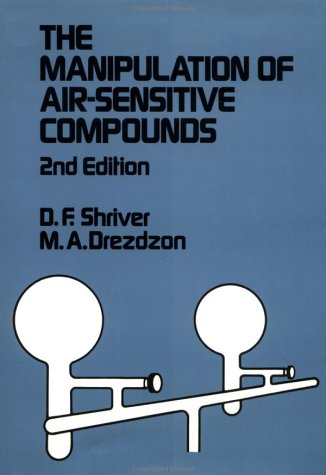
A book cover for The Manipulation of Air-Sensitive Compounds, 2nd Edition; Duward F. Shriver; Science & Math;